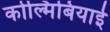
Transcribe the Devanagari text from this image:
कोल्मिबियाई